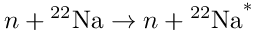
n + { ^ { 2 2 } \mathrm { N a } } \to n + { ^ { 2 2 } \mathrm { N a } } ^ { * }